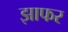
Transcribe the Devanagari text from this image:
झाफर